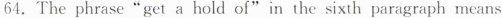
64.The phrase "get a hold of" in the sixth paragraph means